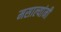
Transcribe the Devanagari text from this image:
मसाल्यांनी